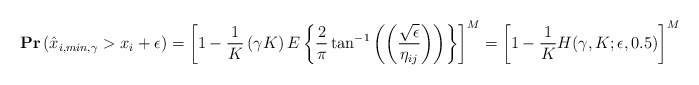
\begin{align*}&\mathbf{Pr}\left(\hat{x}_{i,min,\gamma}> x_i + \epsilon\right)=\left[1-\frac{1}{K}\left( \gamma K \right)E\left\{\frac{2}{\pi}\tan^{-1}\left(\left(\frac{\sqrt{\epsilon}}{\eta_{ij}}\right)\right)\right\}\right]^M = \left[1-\frac{1}{K}H(\gamma, K; \epsilon,0.5)\right]^M\end{align*}